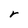
Character: r